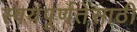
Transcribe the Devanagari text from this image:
स्वयंपूर्णतेसाठी